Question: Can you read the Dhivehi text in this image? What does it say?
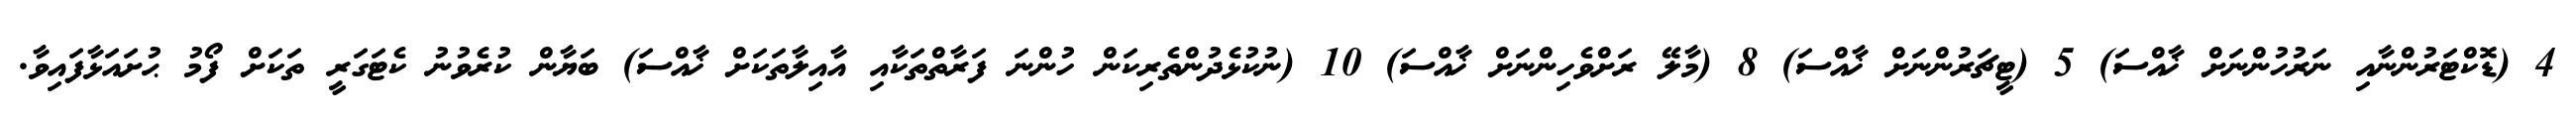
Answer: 4 (ޑޮކްޓަރުންނާއި ނަރުހުންނަށް ޚާއްސަ) 5 (ޓީޗަރުންނަށް ޚާއްސަ) 8 (މާލޭ ރަށްވެހިންނަށް ޚާއްސަ) 10 (ނުކުޅެދުންތެރިކަން ހުންނަ ފަރާތްތަކާއި އާއިލާތަކަށް ޚާއްސަ) ބަޔާން ކުރެވުނު ކެޓަގަރީ ތަކަށް ފޯމު ޙުށައަޅާފައިވާ.